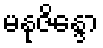
မနုဇိန္ဒော